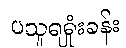
ပသူရရှုံးခန်း